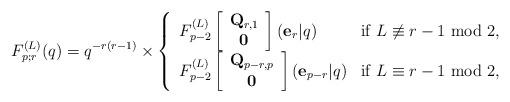
LaTeX: \begin{align*}F^{(L)}_{p;r}(q) =q^{-r(r-1)} \times\left\{ \begin{array}{ll}F^{(L)}_{p-2} \left[ \begin{array}{c}{\bf Q}_{r,1} \\ {\bf 0} \end{array} \right]({\bf e}_r | q) &\mbox {if $L \not\equiv r-1$ mod $2$}, \\F^{(L)}_{p-2} \left[ \begin{array}{c}{\bf Q}_{p-r,p} \\ {\bf 0} \end{array} \right]({\bf e}_{p-r} | q) &\mbox{if $L \equiv r-1$ mod $2$},\end{array}\right.\end{align*}